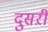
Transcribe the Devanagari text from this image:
दुसऱी